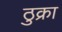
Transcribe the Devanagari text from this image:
ठुक्रा